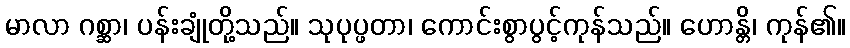
မာလာ ဂစ္ဆာ၊ ပန်းချုံတို့သည်။ သုပုပ္ဖတာ၊ ကောင်းစွာပွင့်ကုန်သည်။ ဟောန္တိ၊ ကုန်၏။